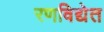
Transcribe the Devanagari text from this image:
रणविद्येत